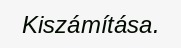
Kiszámítása.